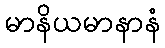
မာနိယမာနာနံ